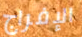
الإفراج